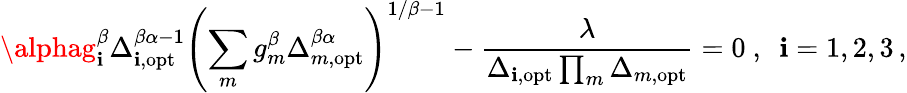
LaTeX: \alphag_{\mathbf{i}}^{\beta}\Delta_{\mathbf{i},\mathrm{{opt}}}^{\beta\alpha-1}\left(\sum_{m}g_{m}^{\beta}\Delta_{m,\mathrm{{opt}}}^{\beta\alpha}\right)^{1/\beta-1}-\frac{{\lambda}}{{\Delta_{\mathbf{i},\mathrm{{opt}}}\prod_{m}\Delta_{m,\mathrm{{opt}}}}}=0\ ,\ \ \mathbf{i}=1,2,3\, ,